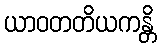
ယာဝတတိယကန္တိ